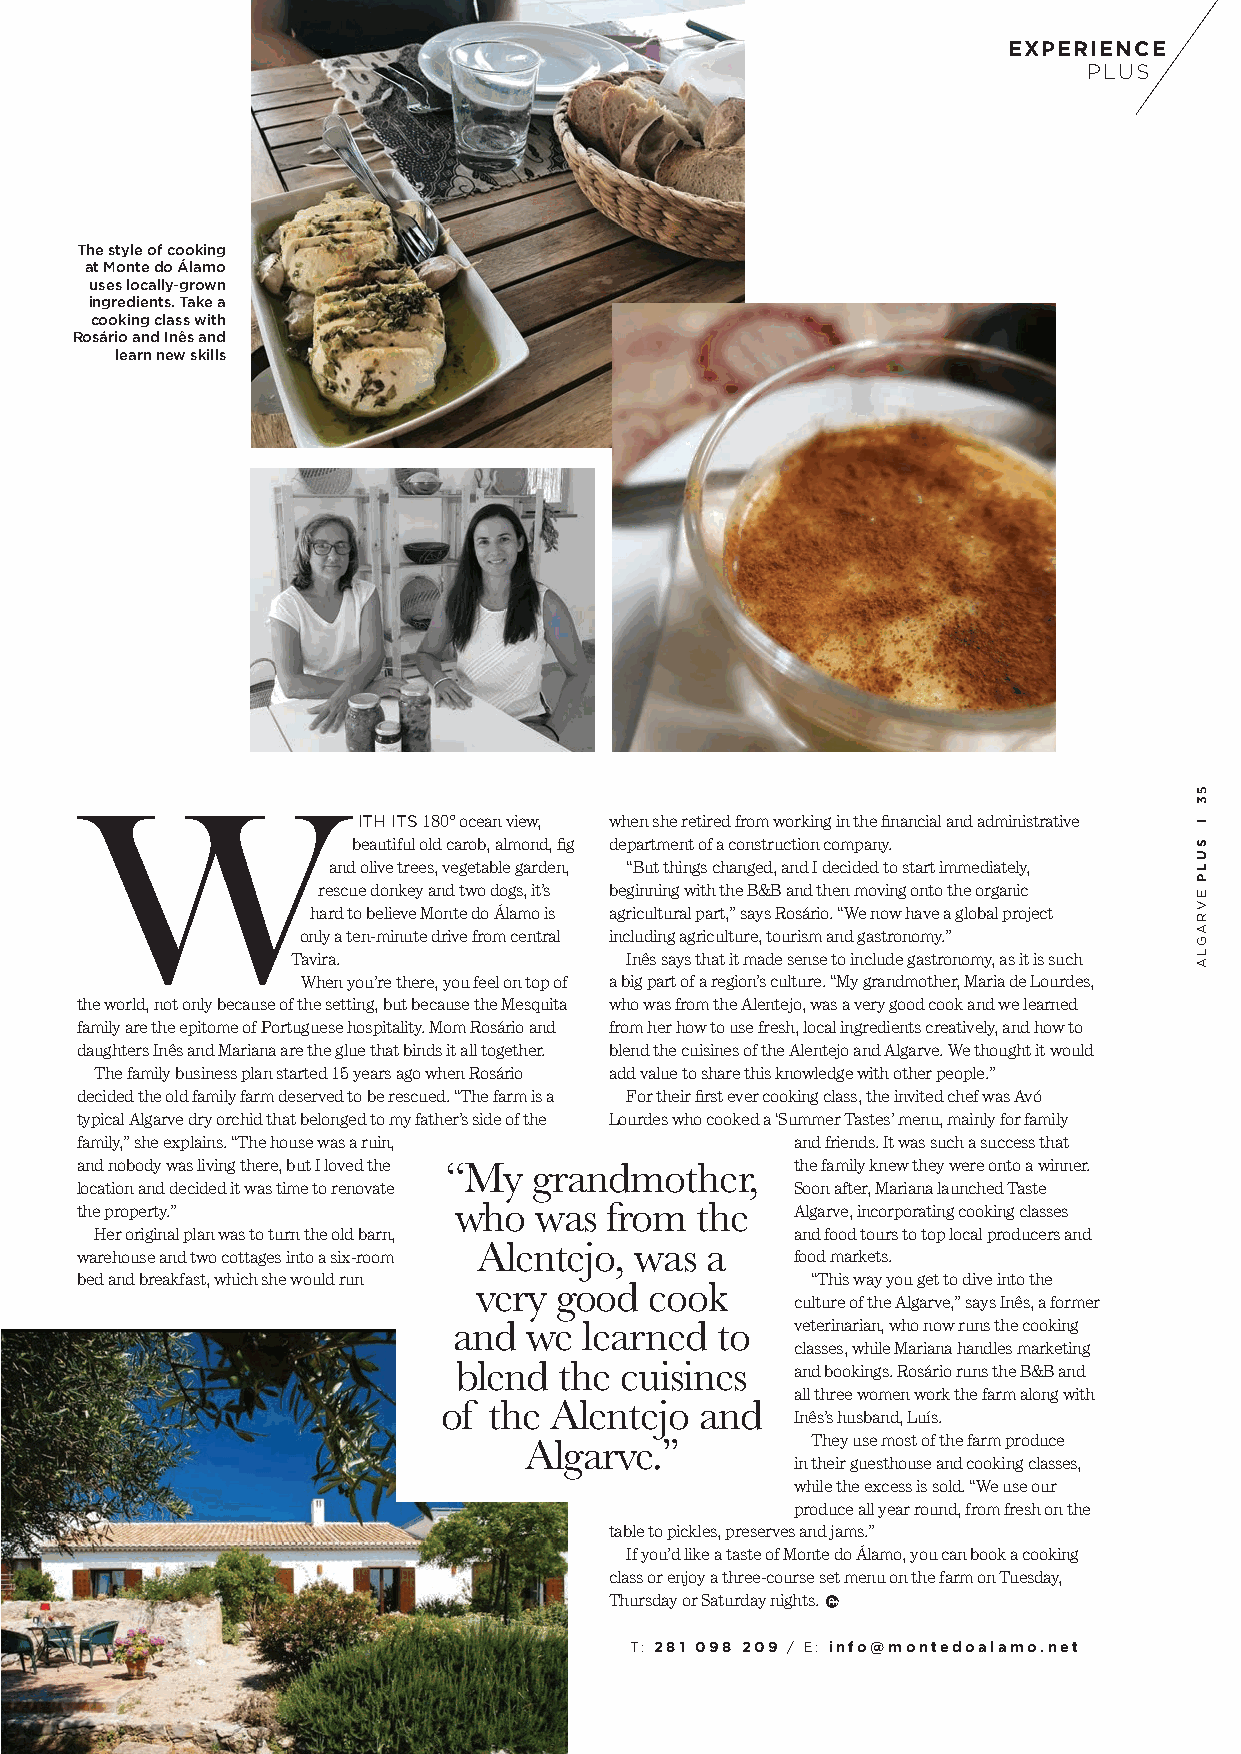
EXPERIENCE
 PLUS
 The style of cooking
 at Monte do Álamo
 uses locally-grown
 ingredients. Take a
 cooking class with
 Rosário and Inês and
 learn new skills
 W
 ITH ITS 180º ocean view, when she retired from working in the financial and administrative
 beautiful old carob, almond, fig department of a construction company.
 and olive trees, vegetable garden, “But things changed, and I decided to start immediately,
 rescue donkey and two dogs, it’s beginning with the B&B and then moving onto the organic
 hard to believe Monte do Álamo is agricultural part,” says Rosário. “We now have a global project
 only a ten-minute drive from central including agriculture, tourism and gastronomy.”
 Tavira.               Inês says that it made sense to include gastronomy, as it is such
 When you’re there, you feel on top of a big part of a region’s culture. “My grandmother, Maria de Lourdes,
 the world, not only because of the setting, but because the Mesquita who was from the Alentejo, was a very good cook and we learned
 family are the epitome of Portuguese hospitality. Mom Rosário and from her how to use fresh, local ingredients creatively, and how to
 daughters Inês and Mariana are the glue that binds it all together. blend the cuisines of the Alentejo and Algarve. We thought it would
 The family business plan started 15 years ago when Rosário add value to share this knowledge with other people.”
 decided the old family farm deserved to be rescued. “The farm is a For their first ever cooking class, the invited chef was Avó
 typical Algarve dry orchid that belonged to my father’s side of the Lourdes who cooked a ‘Summer Tastes’ menu, mainly for family
 family,” she explains. “The house was a ruin,   and friends. It was such a success that
 and nobody was living there, but I loved the    the family knew they were onto a winner.
 “My   grandmother,
 location and decided it was time to renovate    Soon after, Mariana launched Taste
 the property.”           who  was  from  the    Algarve, incorporating cooking classes
 Her original plan was to turn the old barn,    and food tours to top local producers and
 warehouse and two cottages into a six-room Alentejo, was a food markets.
 bed and breakfast, which she would run           “This way you get to dive into the
 very  good  cook
 culture of the Algarve,” says Inês, a former
 and  we  learned to    veterinarian, who now runs the cooking
 classes, while Mariana handles marketing
 blend  the cuisines    and bookings. Rosário runs the B&B and
 all three women work the farm along with
 of the Alentejo  and
 Inês’s husband, Luís.
 Algarve.”          They use most of the farm produce
 in their guesthouse and cooking classes,
 while the excess is sold. “We use our
 produce all year round, from fresh on the
 table to pickles, preserves and jams.”
 If you’d like a taste of Monte do Álamo, you can book a cooking
 class or enjoy a three-course set menu on the farm on Tuesday,
 Thursday or Saturday nights.
 T: 281 098 209 / E: info@montedoalamo.net
 53
 l
 SULP
 EVRAGLA